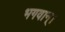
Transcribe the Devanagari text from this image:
भगवान्‌।